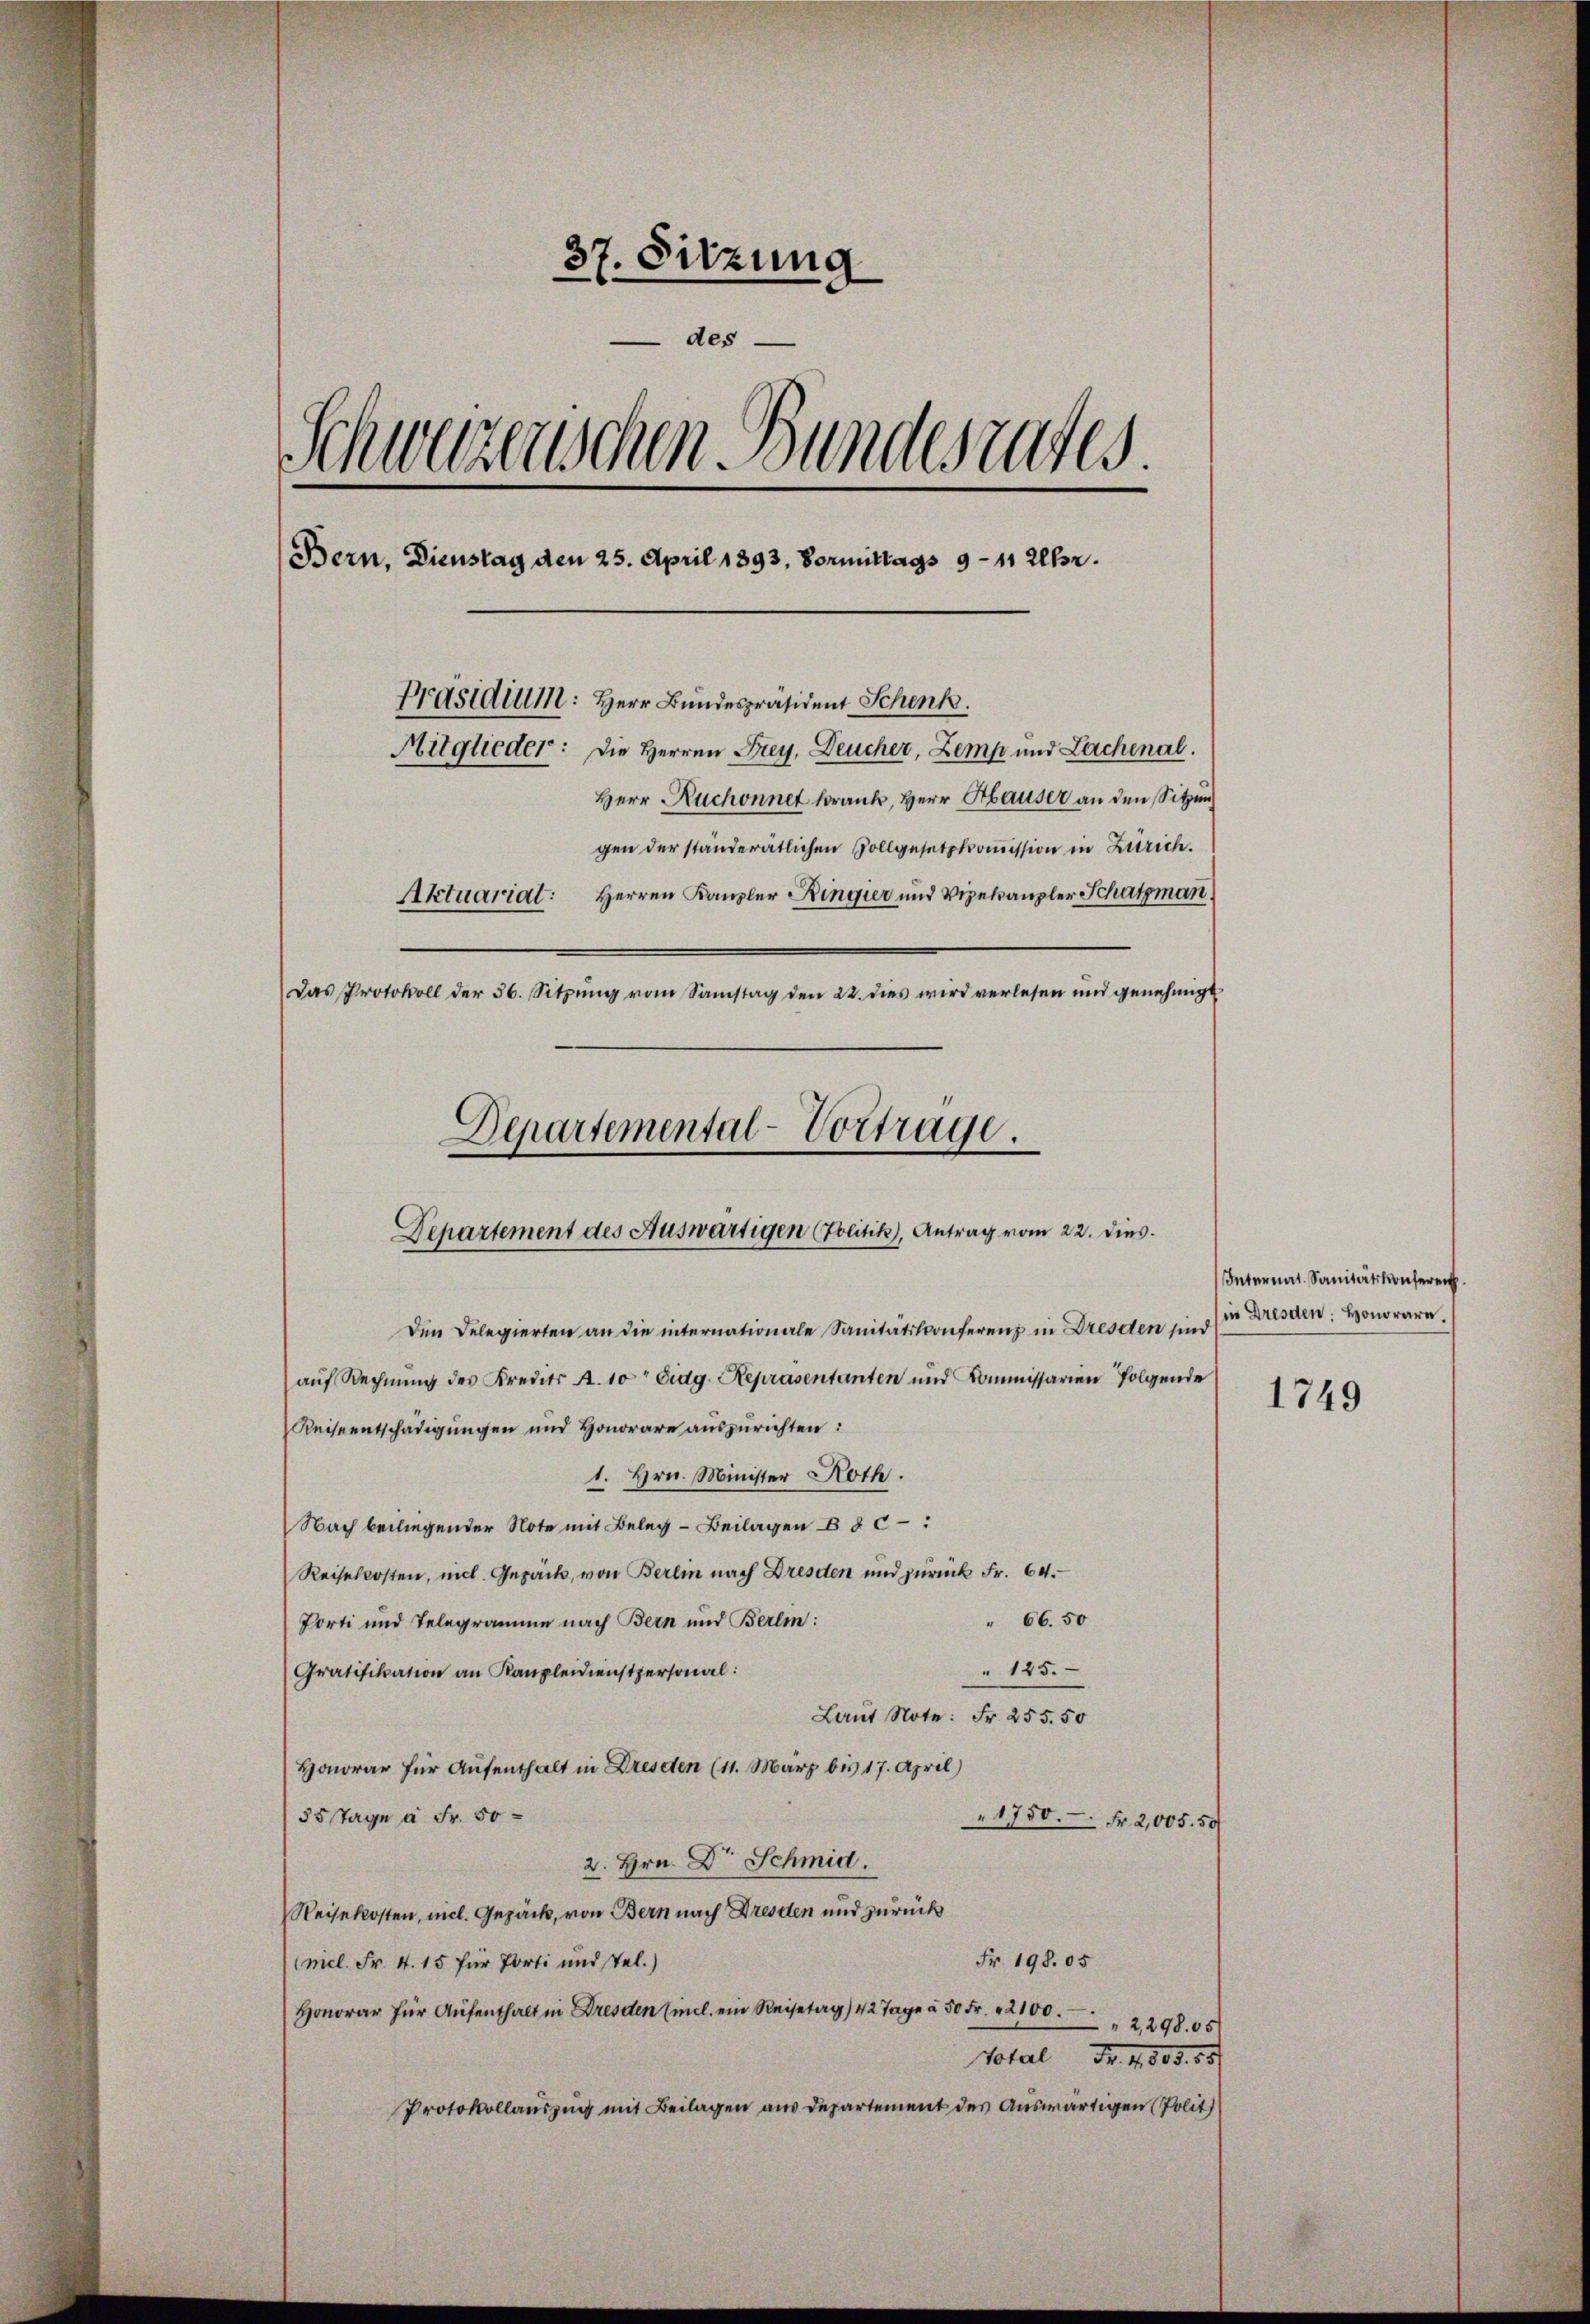
37. Sitzung
 des
Schweizerischen Bundesrates.
Bern, Dienstag den 25. April 1893, Vormittags 9 - 11 Uhr.
Präsidium: Herr Bundespräsident Schenk.
Mitglieder: Die Herren Frey, Deucher, Zemp und Lachenal.
Herr Ruchonnet krank, Herr Hauser an den Sitzung
gen der ständerätlichen Vollgesetzkommission in Zürich.
Herren Kanzler Ringier und Vizekanzler Schatzman
Aktuariat:
Das Protokoll der 36. Sitzŭng vom Samstag den 22. dies wird verlesen und genehmigt
Departemental-Vortrage.

Departement des Auswärtigen (Politik), Antrag vom 22. dies.
Den Delegierten an die internationale Sanitätskonferenz in Dresden sind

aŭf Rechnŭng des Kredits A. 10 Eidg. Repräsentanten und Kommissarien folgende
Reiseentschädigŭngen und Honorare auszurichten:
1. Hrn. Minister Roth.
Nach beiliegender Note mit Beleg - Beilagen B § c:
Reisekosten, mich. Gepack, von Berlin nach Dresden und zurück Fr. 64.
" 66. 50
Porti und Telegramme nach Bern und Berlm:
" 125.
Gratifikation an Kanzleidienstpersonal
Laut Note: Fr. 255. 50
Honorar für Aufenthalt in Dresden (11. März bis 17. April)
55 Tage à Fr. 50
1750. Fr. 2,005. 50
2. Hrn. Dr Schmid.
Weisekosten, mel. Gepäck, von Bern nach Dresden und zurück
Fr. 198. 05
(mel. Fr. 4. 15 für Porti und tel.)
Honorar für Aufenthalt in Dresden Eincl. ein Reisetag) 42 Tage à 50 Fr. 2100.
2,29805
Votal Nr. 1803. 58
Protokollauszug mit Beilagen aus Departement des Auswärtigen (Polit

Internal-Sanitätskonferen
in Dresden, Honorare
1749